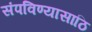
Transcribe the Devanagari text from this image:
संपविण्यासाठि